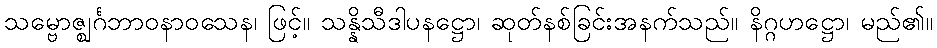
သမ္ဗောဇ္ဈင်္ဂဘာဝနာဝသေန၊ ဖြင့်။ သန္နိသီဒါပနဋ္ဌော၊ ဆုတ်နစ်ခြင်းအနက်သည်။ နိဂ္ဂဟဋ္ဌော၊ မည်၏။